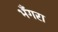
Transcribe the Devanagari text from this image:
भँगरा